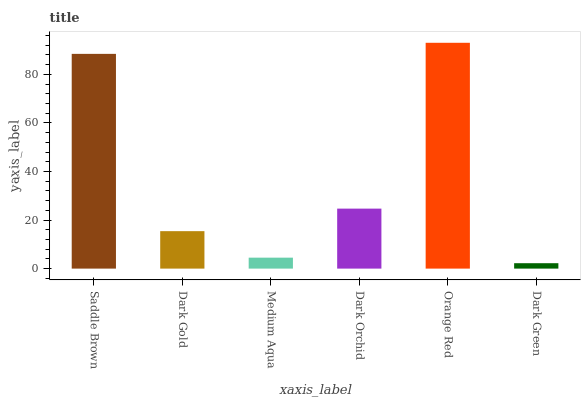
| xaxis_label | bars |
 | --- | --- |
 | Saddle Brown | 88.4 |
 | Dark Gold | 15.4 |
 | Medium Aqua | 4.51 |
 | Dark Orchid | 24.7 |
 | Orange Red | 93 |
 | Dark Green | 2.23 |